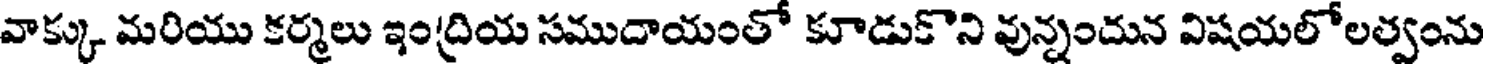
వాక్కు మరియు కర్మలు ఇంద్రియ సముదాయంతో కూడుకొని వున్నందున విషయలోలత్వంను